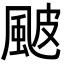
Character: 𩖽